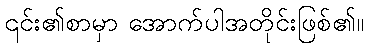
၎င်း၏စာမှာ အောက်ပါအတိုင်းဖြစ်၏။